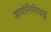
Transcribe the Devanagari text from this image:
डायोनिसियाई